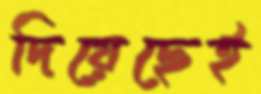
দিয়েছেই